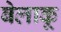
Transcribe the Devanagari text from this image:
बेलाकू